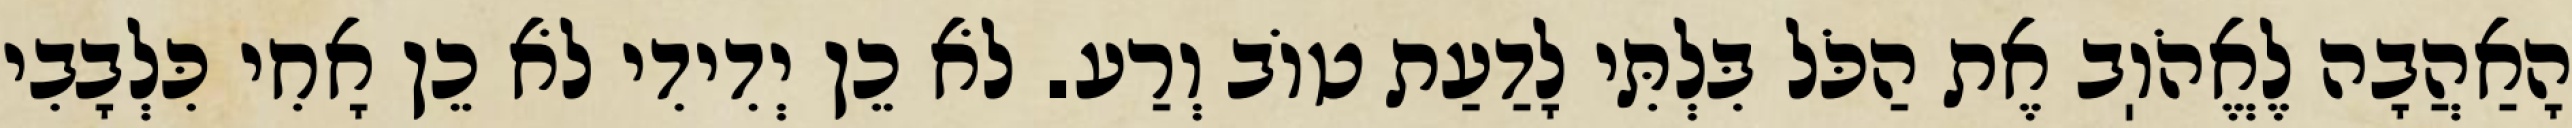
הָאַהֲבָה לֶאֱהֹוֽב אֶת הַכֹּל בִּלְתִּי לָדַעַת טוֹב וְרַע. לֹא כֵן יְדִידִי לֹא כֵן אָחִי כִּלְבָבִי